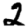
Digit: 2